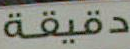
دقيقة